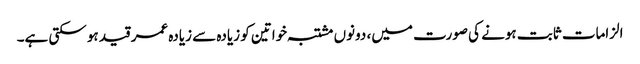
الزامات ثابت ہونے کی صورت میں، دونوں مشتبہ خواتین کو زیادہ سے زیادہ عمر قید ہو سکتی ہے۔